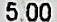
5.00